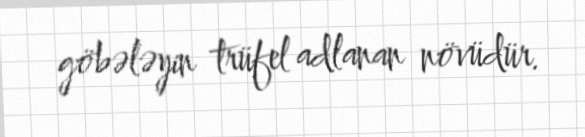
göbələyin trüfel adlanan növüdür.